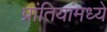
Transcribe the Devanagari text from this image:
प्रांतियांमध्ये